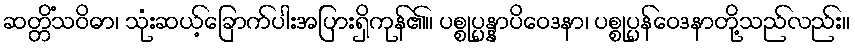
ဆတ္တိံသဝိဓာ၊ သုံးဆယ့်ခြောက်ပါးအပြားရှိကုန်၏။ ပစ္စုပ္ပန္နာပိဝေဒနာ၊ ပစ္စုပ္ပန်ဝေဒနာတို့သည်လည်း။